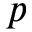
p